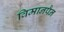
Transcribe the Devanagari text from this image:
विमानपैन